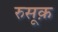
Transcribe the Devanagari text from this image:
रुसूक़